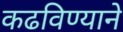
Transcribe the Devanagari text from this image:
कढविण्याने